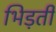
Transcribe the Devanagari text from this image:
भिड़ती